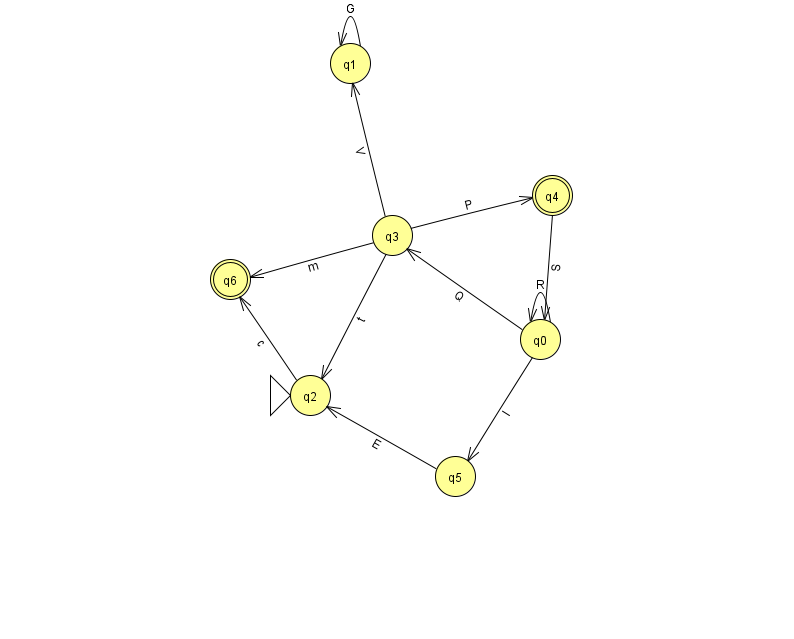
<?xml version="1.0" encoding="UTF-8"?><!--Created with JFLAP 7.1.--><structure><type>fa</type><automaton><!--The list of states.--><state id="0" name="q0"><x>540.0</x><y>326.0</y></state><state id="1" name="q1"><x>350.0</x><y>50.0</y></state><state id="2" name="q2"><x>310.0</x><y>382.0</y><initial/></state><state id="3" name="q3"><x>392.0</x><y>222.0</y></state><state id="4" name="q4"><x>552.0</x><y>182.0</y><final/></state><state id="5" name="q5"><x>455.0</x><y>463.0</y></state><state id="6" name="q6"><x>230.0</x><y>266.0</y><final/></state><!--The list of transitions.--><transition><from>0</from><to>0</to><read>R</read></transition><transition><from>3</from><to>1</to><read>V</read></transition><transition><from>3</from><to>6</to><read>m</read></transition><transition><from>2</from><to>6</to><read>c</read></transition><transition><from>5</from><to>2</to><read>E</read></transition><transition><from>1</from><to>1</to><read>G</read></transition><transition><from>4</from><to>0</to><read>S</read></transition><transition><from>3</from><to>2</to><read>t</read></transition><transition><from>3</from><to>4</to><read>P</read></transition><transition><from>0</from><to>3</to><read>Q</read></transition><transition><from>0</from><to>5</to><read>l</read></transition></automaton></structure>